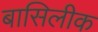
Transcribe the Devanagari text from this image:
बासिलीक